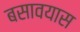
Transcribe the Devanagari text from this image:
बसावयास